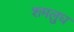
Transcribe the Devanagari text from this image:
शमलुघ